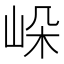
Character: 𡷔